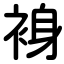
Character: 裑